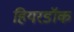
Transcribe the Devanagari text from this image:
हियरडॉक